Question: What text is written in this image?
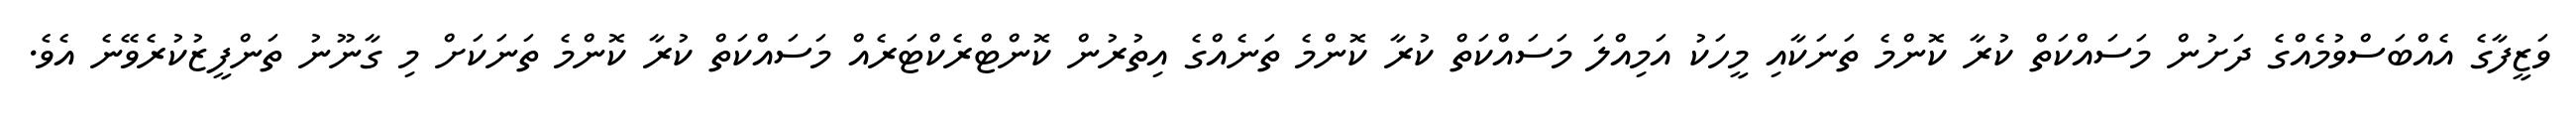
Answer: ވަޒީފާގެ އެއްބަސްވުމެއްގެ ދަށުން މަސައްކަތް ކުރާ ކޮންމެ ތަނަކާއި މީހަކު އަމިއްލަ މަސައްކަތް ކުރާ ކޮންމެ ތަނެއްގެ އިތުރުން ކޮންޓްރެކްޓަރެއް މަސައްކަތް ކުރާ ކޮންމެ ތަނަކަށް މި ގާނޫނު ތަންފީޒުކުރެވޭނެ އެވެ.